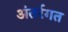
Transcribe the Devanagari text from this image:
अंतर्रगत